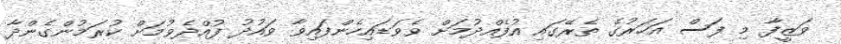
ވަޒީފާ މި ފަސް އަހަރުގެ ތެރޭގައި އުފެއްދުމަށް ވެވަޑައިހެންފައިވާ ވައުދު ފުއްދެވުމަށް ކުރަމުންގެންދާ